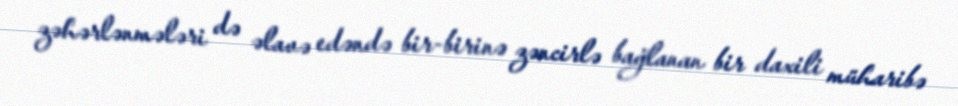
zəhərlənmələri də əlavə edəndə bir-birinə zəncirlə bağlanan bir daxili müharibə